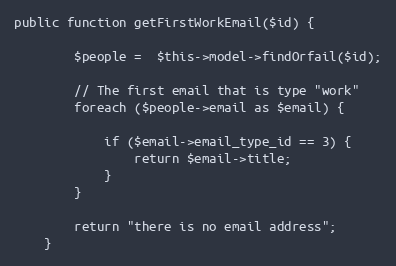
Language: PHP
public function getFirstWorkEmail($id) {

        $people =  $this->model->findOrfail($id);

        // The first email that is type "work"
        foreach ($people->email as $email) {

            if ($email->email_type_id == 3) {
                return $email->title;
            }
        }

        return "there is no email address";
    }